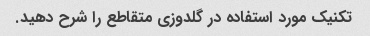
تکنیک مورد استفاده در گلدوزی متقاطع را شرح دهید.